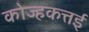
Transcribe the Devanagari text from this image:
कोज्हकत्तई